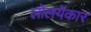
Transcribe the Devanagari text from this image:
लोलयेंकार